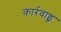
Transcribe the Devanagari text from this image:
कार्रवाइ्र्र